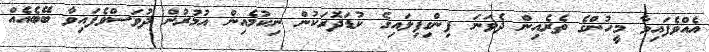
އެއްވެފައިވާ މީހުންގެ ތެރެއިން ދެވަނަ ފިންގިފިލައިގެ ކުޑަދޮރަކުން ނިކުމެއިން އުމުރުން ދުވަސްވެފައިވާ ބޭބެއެއް